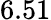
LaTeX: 6.51